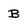
Character: B